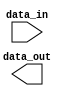
module high_speed_buffer (
    input wire data_in,
    output wire data_out
);

// Buffer design logic here

endmodule